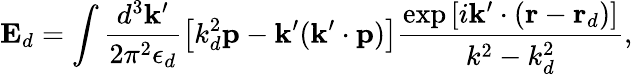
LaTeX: \mathbf{E}_{d}=\int\frac{d^{3}\mathbf{k}^{\prime}}{2\pi^{2}\epsilon_{d}}\left[k_{d}^{2}\mathbf{p}-\mathbf{k}^{\prime}(\mathbf{k}^{\prime}\cdot\mathbf{p})\right]\frac{\exp\left[i\mathbf{k}^{\prime}\cdot\left(\mathbf{r}-\mathbf{r}_{d}\right)\right]}{k^{2}-k_{d}^{2}},